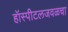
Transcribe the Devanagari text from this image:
हॉस्पीटलजवळचा